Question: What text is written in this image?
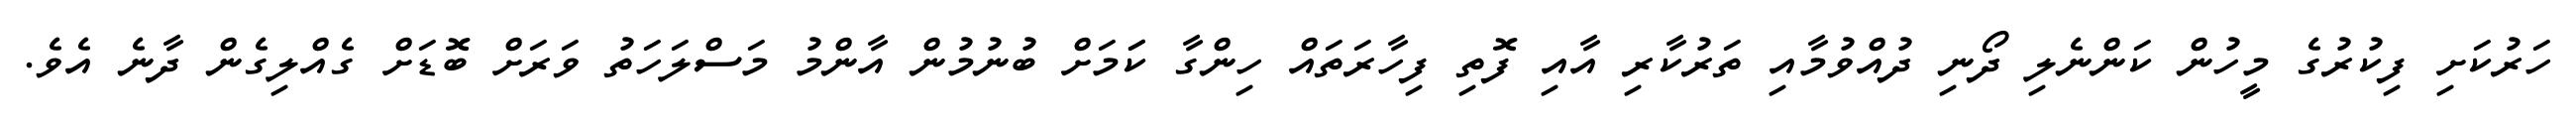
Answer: ހަރުކަށި ފިކުރުގެ މީހުން ކަންނެލި ދޯނި ދުއްވުމާއި ތަރުކާރި އާއި ފޮތި ފިހާރަތައް ހިންގާ ކަަމަށް ބުނުމުން އާންމު މަސްލަހަތު ވަރަށް ބޮޑަށް ގެއްލިގެން ދާނެ އެވެ.